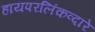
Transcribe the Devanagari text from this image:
हायपरलिंकव्दारे